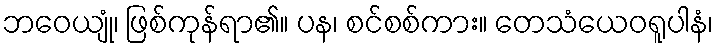
ဘဝေယျုံ၊ ဖြစ်ကုန်ရာ၏။ ပန၊ စင်စစ်ကား။ တေသံယေဝရူပါနံ၊